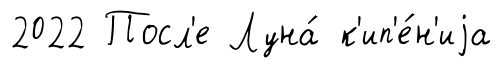
2022 Посл'е Луна́ к'ип'е́н'иjа